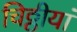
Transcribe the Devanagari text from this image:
चिठ्ठीयां